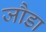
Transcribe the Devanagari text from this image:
जौडा